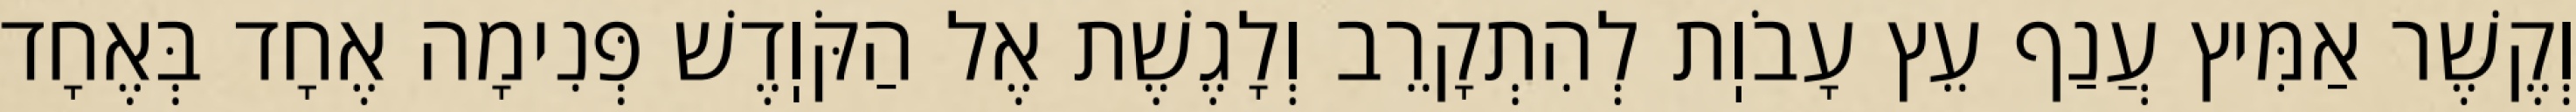
וְקֶשֶׁר אַמִּיץ עֲנַף עֵץ עָבֹוֽת לְהִתְקָרֵב וְלָגֶשֶׁת אֶל הַקֹּוֽדֶשׁ פְּנִימָה אֶחָד בְּאֶחָד